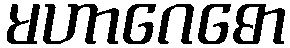
မဟာဂေဓော